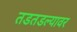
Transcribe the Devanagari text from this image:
तडतडल्यावर